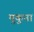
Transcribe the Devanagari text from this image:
मुकुना